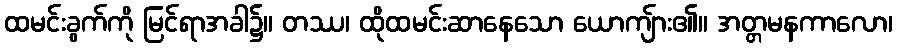
ထမင်းခွက်ကို မြင်ရာအခါ၌။ တဿ၊ ထိုထမင်းဆာနေသော ယောကျ်ား၏။ အတ္တမနကာလော၊